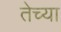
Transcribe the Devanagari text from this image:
तेच्या